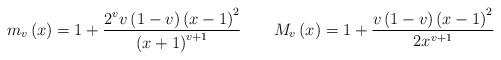
LaTeX: \begin{align*}{{m}_{v}}\left( x \right)=1+\frac{{{2}^{v}}v\left( 1-v \right){{\left( x-1 \right)}^{2}}}{{{\left( x+1 \right)}^{v+1}}}\quad\quad{{M}_{v}}\left( x \right)=1+\frac{v\left( 1-v \right){{\left( x-1 \right)}^{2}}}{2{{x}^{v+1}}}\end{align*}